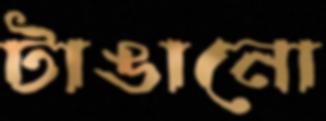
টাঙানো